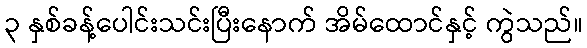
၃ နှစ်ခန့်ပေါင်းသင်းပြီးနောက် အိမ်ထောင်နှင့် ကွဲသည်။